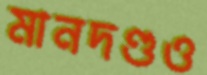
মানদণ্ডও